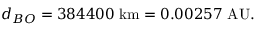
d _ { B O } = 3 8 4 4 0 0 { \mathrm { ~ k m } } = 0 . 0 0 2 5 7 { \mathrm { ~ A U } } .